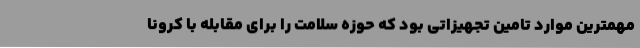
مهمترین موارد تامین تجهیزاتی بود که حوزه سلامت را برای مقابله با کرونا